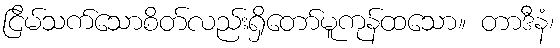
ငြိမ်သက်သောစိတ်လည်းရှိတော်မူကုန်ထသော။ တာဒီနံ၊